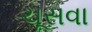
ચૂસવા